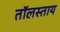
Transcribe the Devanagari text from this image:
तॉलस्ताय